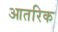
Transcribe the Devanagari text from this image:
आतरिक